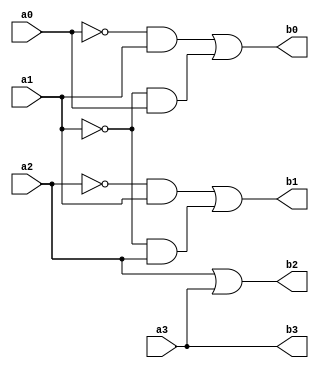
module bcd_to_gray_code_gate(a0,a1,a2,a3,b0,b1,b2,b3);
    input a0, a1, a2, a3;
    output b0, b1, b2, b3;
    wire c,d,e,f,g,h,i,j;

    and(b3,a3,a3);

    or(b2, a2,a3);

    not(c,a2);
    and(d,c,a1);
    not(e,a1);
    and(f,e,a2);
    or(b1,d,f);

    and(g,e,a0);
    not(h,a0);
    and(i,h,a1);
    or(b0,i,g);

endmodule

module bcd_to_gray_code_df(a0,a1,a2,a3,b0,b1,b2,b3);
    input a0,a1,a2,a3;
    output b0,b1,b2,b3;
    assign b3 = a3;
    assign b2 = a2 | a3;
    assign b1 = (~a2 & a1)| (~a1 & a2);
    assign b0 = (~a1 & a0)| (~a0 & a1);
endmodule

module testbench;
    reg a0,a1,a2,a3;
    wire b0,b1,b2,b3;
    initial begin
        $dumpfile("bcd_to_gray_code.vcd");
        $dumpvars(0,converter);
        $display("A3\tA2\tA1\tA0\t\tB3\tB2\tB1\tB0");
        $monitor("%b\t%b\t%b\t%b\t\t%b\t%b\t%b\t%b\t", a3,a2,a1,a0,b3,b2,b1,b0);
        #0 a0=1'b0; a1=1'b0;a2=1'b0;a3=1'b0;
        #2 a0=1'b1; a1=1'b0;a2=1'b0;a3=1'b0;
        #2 a0=1'b0; a1=1'b1;a2=1'b0;a3=1'b0;
        #2 a0=1'b1; a1=1'b1;a2=1'b0;a3=1'b0;
        #2 a0=1'b0; a1=1'b0;a2=1'b1;a3=1'b0;
        #2 a0=1'b1; a1=1'b0;a2=1'b1;a3=1'b0;
        #2 a0=1'b0; a1=1'b1;a2=1'b1;a3=1'b0;
        #2 a0=1'b1; a1=1'b1;a2=1'b1;a3=1'b0;
        #2 a0=1'b0; a1=1'b0;a2=1'b0;a3=1'b1; 
        #2 a0=1'b1; a1=1'b0;a2=1'b0;a3=1'b1; 
    end
    bcd_to_gray_code_df converter(a0,a1,a2,a3,b0,b1,b2,b3);
endmodule